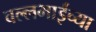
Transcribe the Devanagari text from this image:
वल्लभाईंच्या